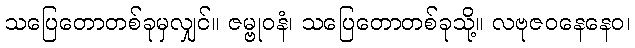
သပြေတောတစ်ခုမှလျှင်။ ဇမ္ဗုဝနံ၊ သပြေတောတစ်ခုသို့။ လဗုဇဝနေနေဝ၊